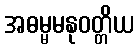
အဓမ္မမနုဝတ္တိယ